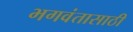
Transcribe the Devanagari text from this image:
भगवंतासाठी